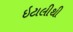
ઇટાલીથી